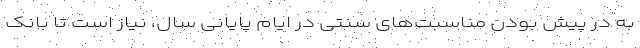
به در پیش بودن مناسبت‌های سنتی در ایام پایانی سال، نیاز است تا بانک